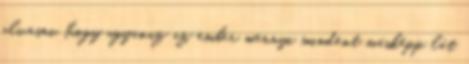
olvasni, hogy ugyanaz az ember mennyi mindent másképp lát